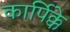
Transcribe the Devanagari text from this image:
कार्पिक्के